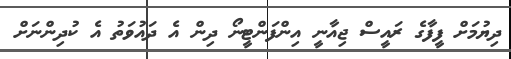
ދިޔުމަށް ފީފާގެ ރައީސް ޖިއާނީ އިންފަންޓީނޯ ދިން އެ ދައުވަތު އެ ކުދިންނަށް